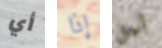
أي إذا أجل